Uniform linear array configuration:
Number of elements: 32
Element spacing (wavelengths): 1
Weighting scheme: uniform
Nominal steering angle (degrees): -45
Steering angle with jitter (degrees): -45.159
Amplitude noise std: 0.05
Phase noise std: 0.05

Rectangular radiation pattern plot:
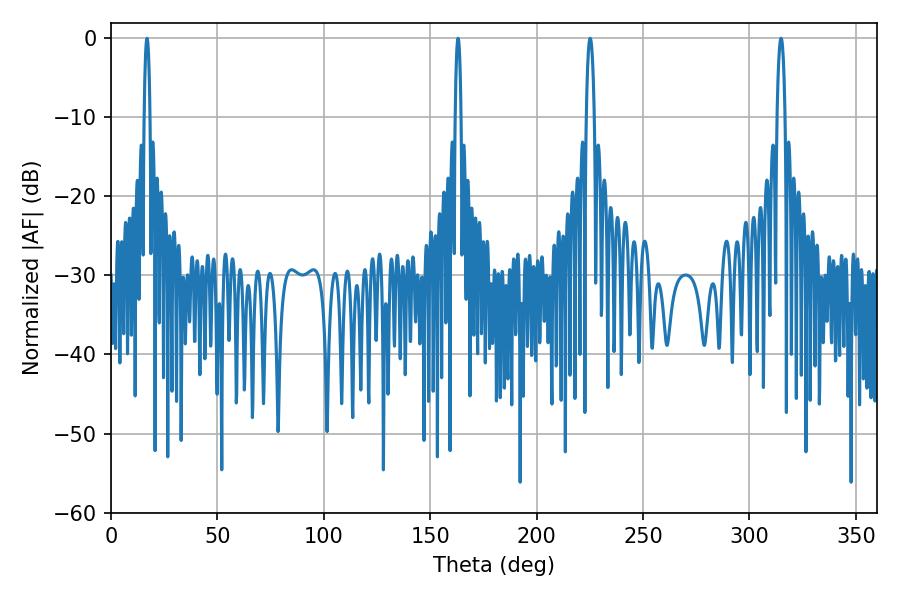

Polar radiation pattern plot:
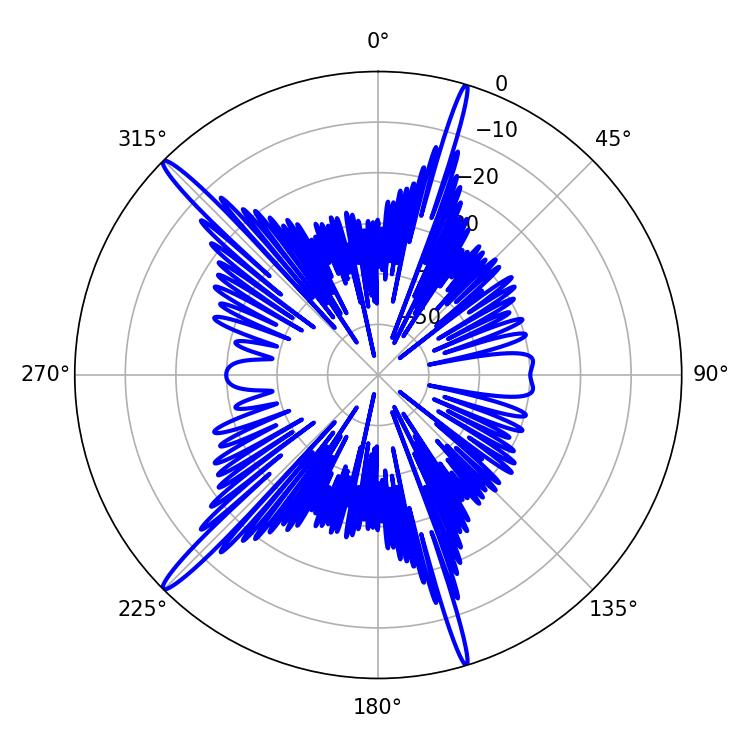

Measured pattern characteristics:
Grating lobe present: TRUE
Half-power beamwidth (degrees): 1.44
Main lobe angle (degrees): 16.92